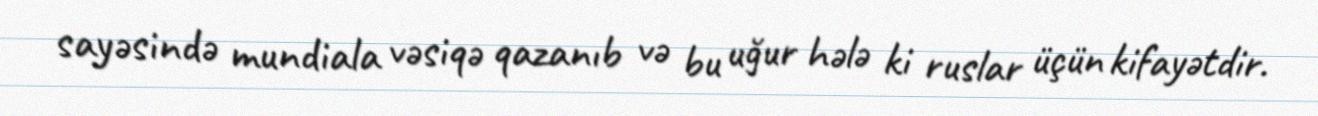
sayəsində mundiala vəsiqə qazanıb və bu uğur hələ ki ruslar üçün kifayətdir.